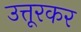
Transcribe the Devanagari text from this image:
उत्तूरकर